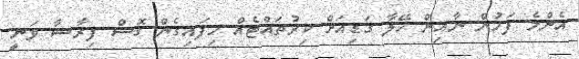
އެންމެ ފަހުން ނާއިން ހޭލާ ގަޑިއަށް ކިރުތައްޓެއް ހިފައިގެން ގޮސް ފިރާޝާ ވަނީ